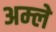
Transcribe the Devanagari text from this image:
अम्‍ले